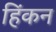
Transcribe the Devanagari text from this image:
हिंकन